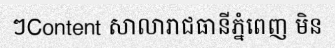
ៗContent សាលារាជធានីភ្នំពេញ មិន